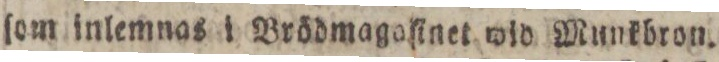
ſom inlemnas i Brödmagoſinet wid Munkbron.